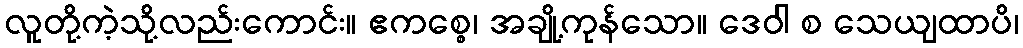
လူတို့ကဲ့သို့လည်းကောင်း။ ဧကစ္စေ၊ အချို့ကုန်သော။ ဒေဝါ စ သေယျထာပိ၊